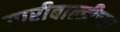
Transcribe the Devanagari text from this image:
गारीबाल्डीच्या